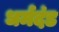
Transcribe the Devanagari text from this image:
धर्मदंड